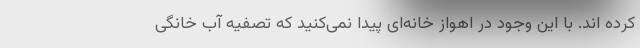
کرده اند. با این وجود در اهواز خانه‌ای پیدا نمی‌کنید که تصفیه آب خانگی